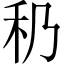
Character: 䄧